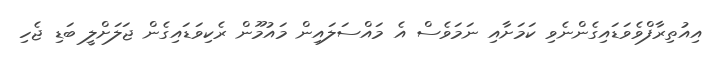
އިއުތިރާފްވެވަޑައިގެންނެވި ކަމަށާއި ނަމަވެސް އެެ މައްސަލައިން މައުމޫން ރެކިވަޑައިގެން ޖަލަށްލީ ބަޑި ޖެހި